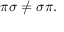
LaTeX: \pi \sigma \neq \sigma \pi .